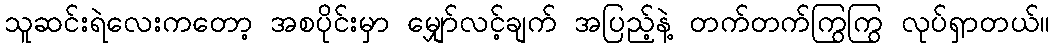
သူဆင်းရဲလေးကတော့ အစပိုင်းမှာ မျှော်လင့်ချက် အပြည့်နဲ့ တက်တက်ကြွကြွ လုပ်ရှာတယ်။